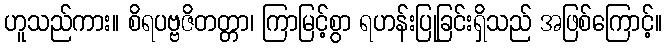
ဟူသည်ကား။ စိရပဗ္ဗဇိတတ္တာ၊ ကြာမြင့်စွာ ရဟန်းပြုခြင်းရှိသည် အဖြစ်ကြောင့်။